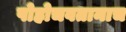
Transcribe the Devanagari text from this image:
पोहोचवतानाच